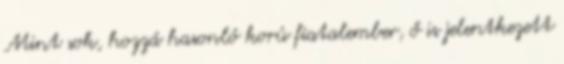
Mint sok, hozzá hasonló korú fiatalember, ő is jelentkezett